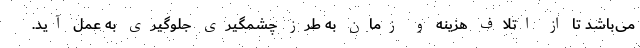
می‌باشد تا از اتلاف هزینه و زمان به طرز چشمگیری جلوگیری به عمل آید.